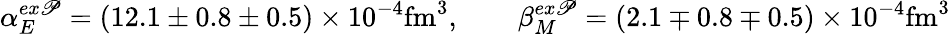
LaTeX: \alpha_{E}^{ex\mathscr{P}}=(12.1\pm0.8\pm0.5)\times10^{-4}\mathrm{{fm}}^{3},\qquad\beta_{M}^{ex\mathscr{P}}=(2.1\mp0.8\mp0.5)\times10^{-4}\mathrm{{fm}}^{3}